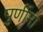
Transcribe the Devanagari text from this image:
पुर्णीमा